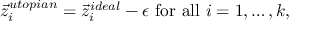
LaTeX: { \vec { z } } _ { i } ^ { u t o p i a n } = { \vec { z } } _ { i } ^ { i d e a l } - \epsilon { \mathrm { ~ f o r ~ a l l ~ } } i = 1 , \ldots , k ,